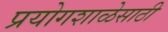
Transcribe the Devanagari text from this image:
प्रयोगशाळेसाठी